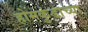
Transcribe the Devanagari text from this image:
होमकुंडाच्या